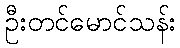
ဦးတင်မောင်သန်း